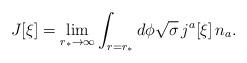
LaTeX: \begin{align*}J[\xi]=\lim_{r_\ast\to\infty} \int_{r=r_\ast}d\phi\sqrt{\sigma}\, j^a[\xi]\, n_a.\end{align*}